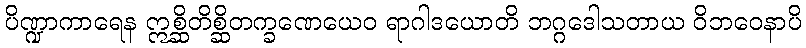
ပိဏ္ဍာကာရေန ဣစ္ဆိတိစ္ဆိတက္ခဏေယေဝ ရာဂါဒယောတိ ဘဂ္ဂဒေါသတာယ ဝိဘဝေနာပိ